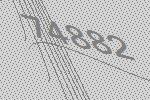
74882